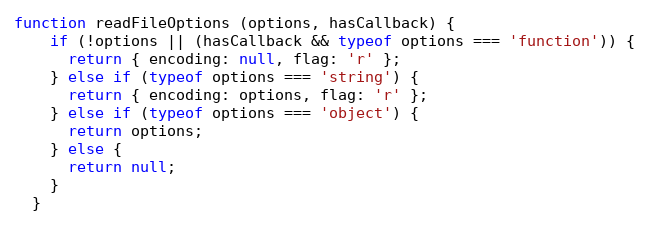
Language: JavaScript
function readFileOptions (options, hasCallback) {
    if (!options || (hasCallback && typeof options === 'function')) {
      return { encoding: null, flag: 'r' };
    } else if (typeof options === 'string') {
      return { encoding: options, flag: 'r' };
    } else if (typeof options === 'object') {
      return options;
    } else {
      return null;
    }
  }